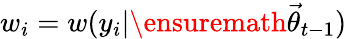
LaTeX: w_{i}=w(y_{i}|\ensuremath{\vec{\theta}}_{t-1})